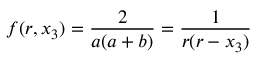
f ( r , x _ { 3 } ) = \frac 2 { a ( a + b ) } = \frac 1 { r ( r - x _ { 3 } ) }